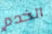
الخدم